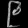
Digit: ၉